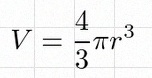
V=\frac43\pi r^3